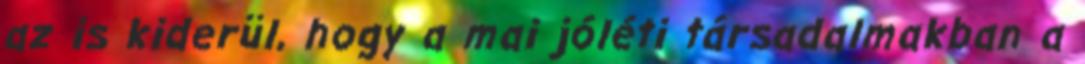
az is kiderül, hogy a mai jóléti társadalmakban a